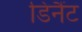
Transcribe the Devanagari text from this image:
डिनैंट